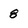
Character: 8